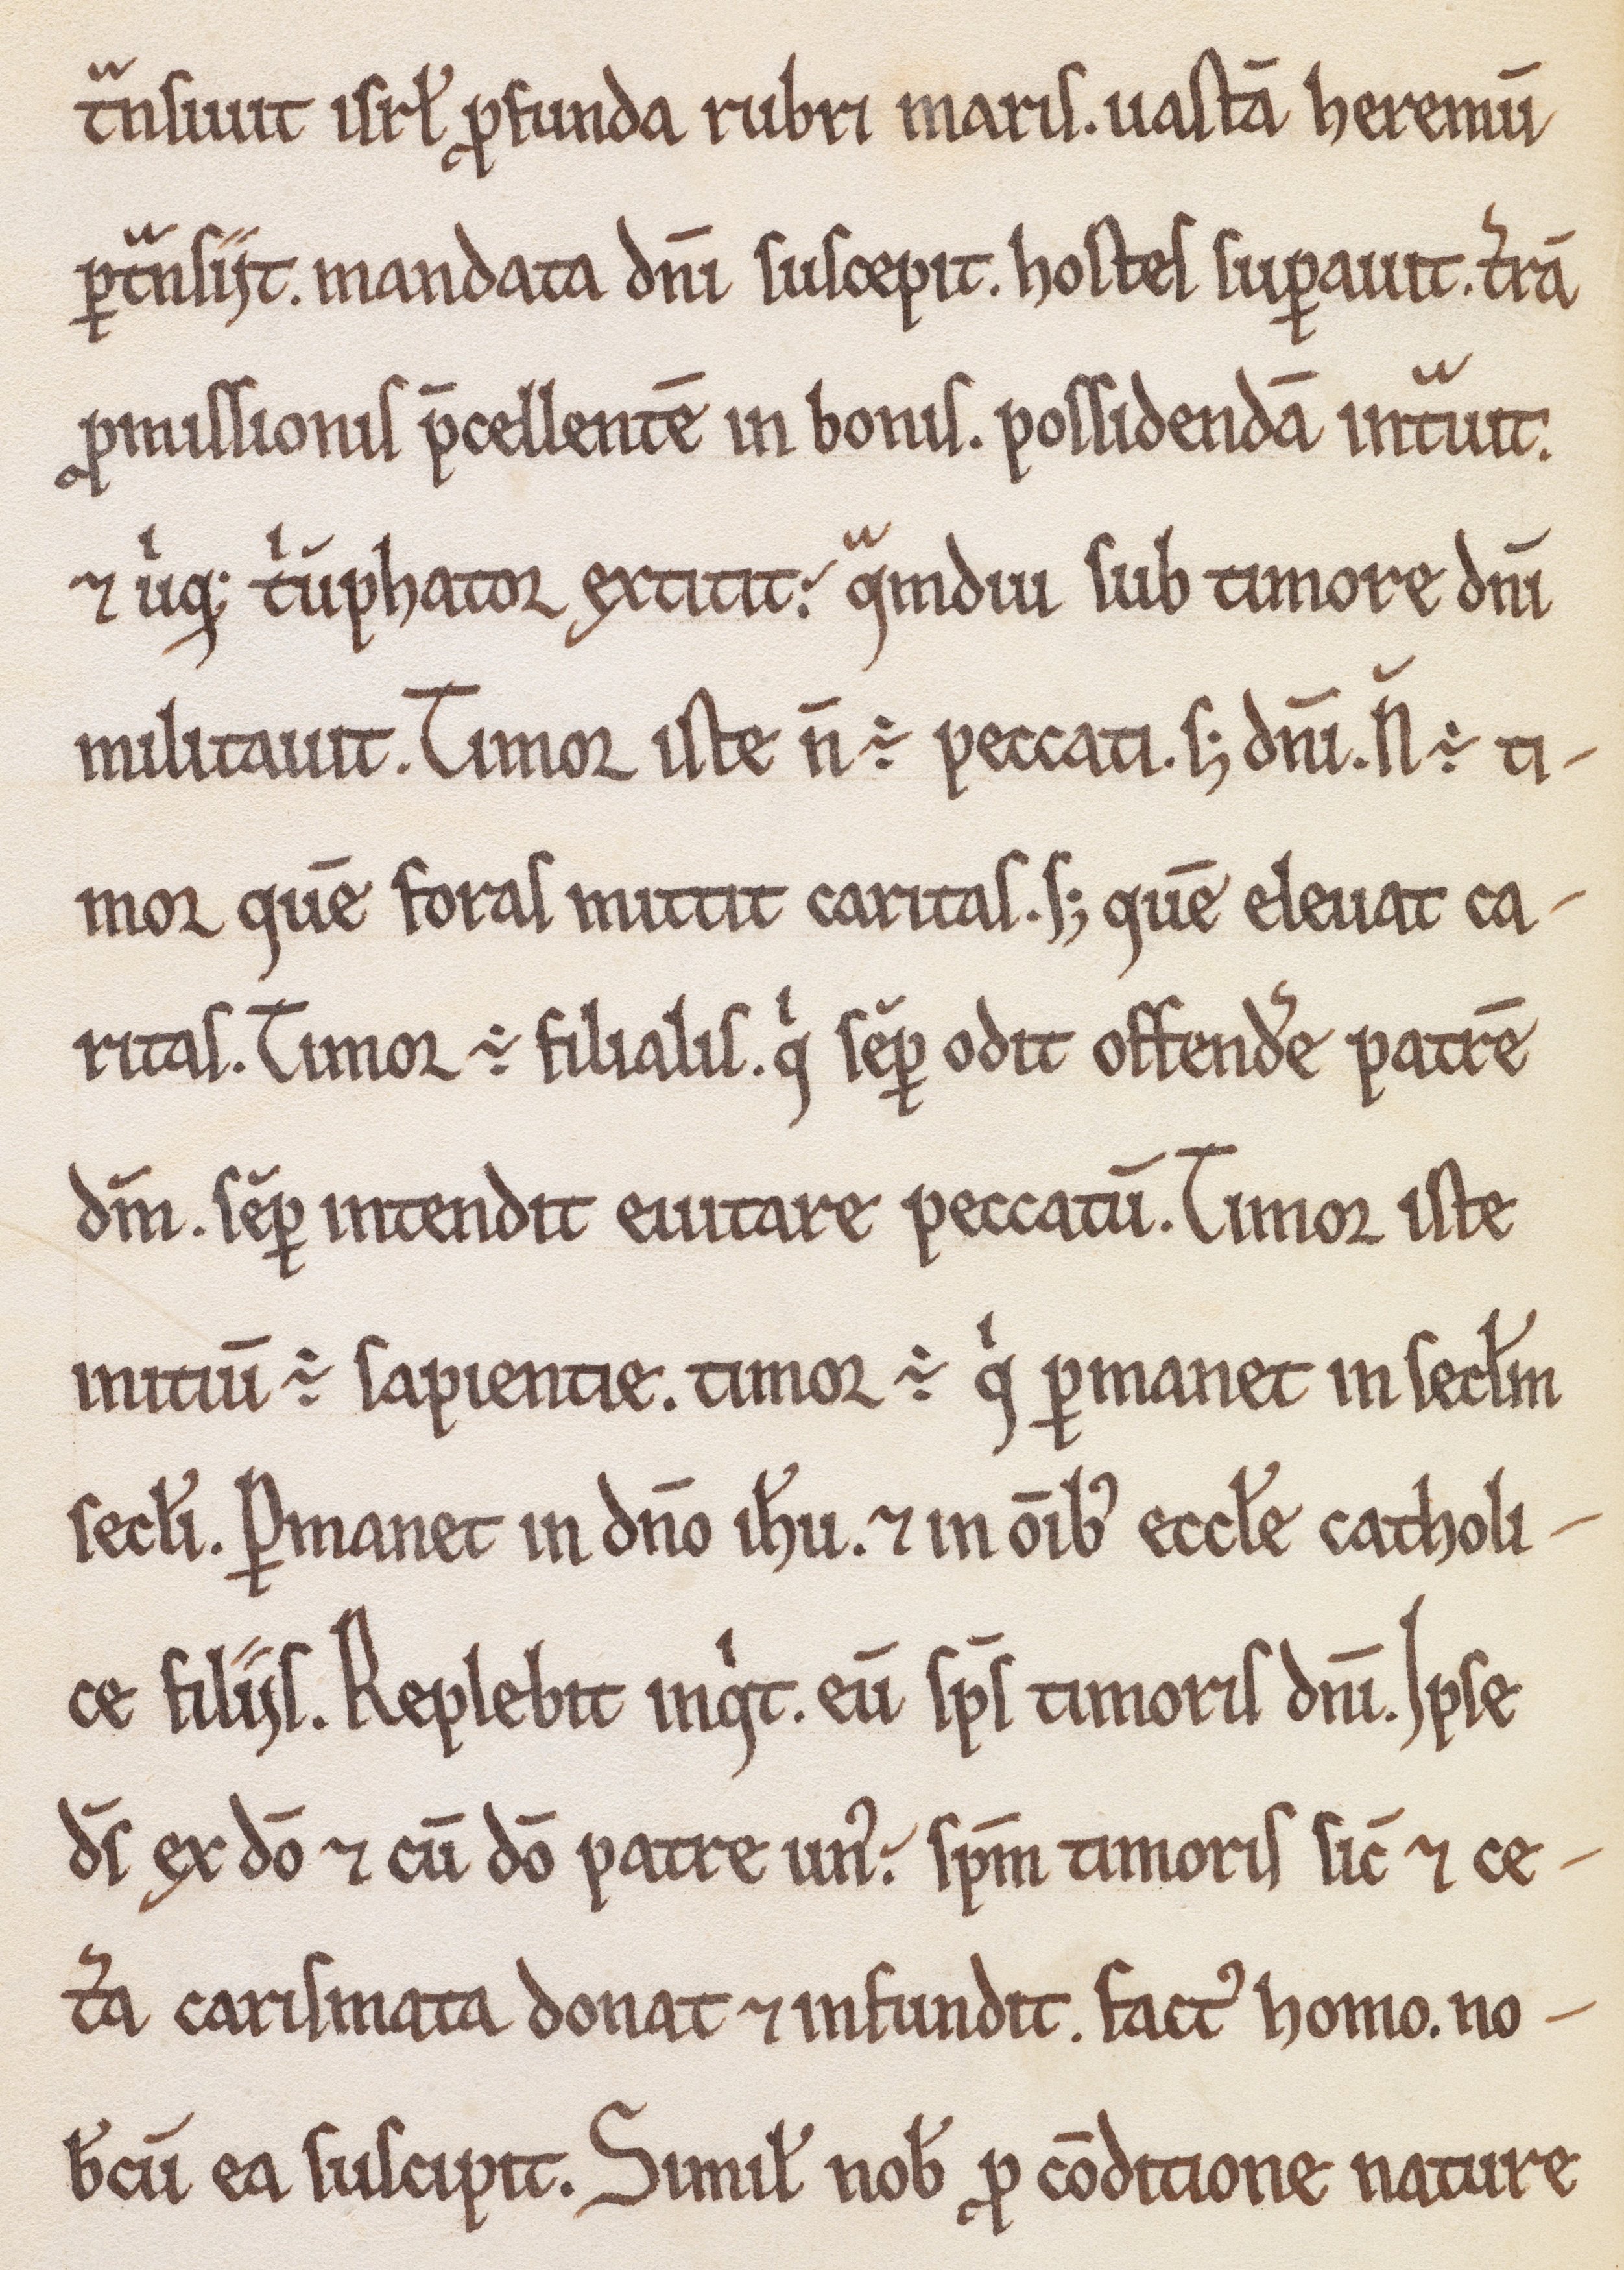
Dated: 1180–1199